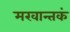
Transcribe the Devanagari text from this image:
मखान्तकं